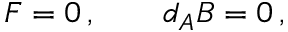
F = 0 \, , \qquad d _ { A } B = 0 \, ,